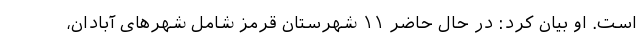
است. او بیان کرد: در حال حاضر ۱۱ شهرستان قرمز شامل شهرهای آبادان،